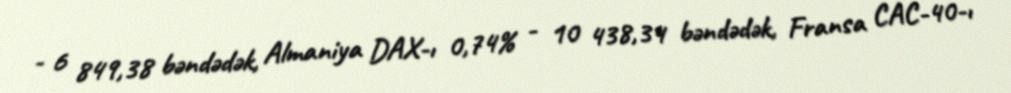
- 6 849,38 bəndədək, Almaniya DAX-ı 0,74% - 10 438,34 bəndədək, Fransa CAC-40-ı